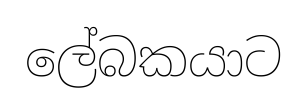
ලේබකයාට